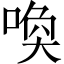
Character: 喚